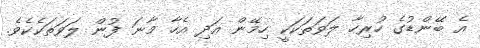
އެ ބޭންޑުގެ ހުރިހާ ލަވަތަކަކީ ހިމޭން އަދި އެހާ މާނަ ފުން ލަވަތަކެކެވެ.